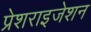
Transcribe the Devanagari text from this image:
प्रेशराइजेशन